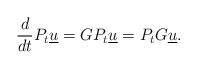
LaTeX: \begin{align*}\frac{d}{dt} P_t \underline{u} = G P_t\underline{u} = P_t G\underline{u}.\end{align*}